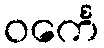
ဝင်္ကေ